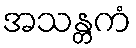
အသန္တကံ